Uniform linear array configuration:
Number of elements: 64
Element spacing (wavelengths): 0.75
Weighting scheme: binomial
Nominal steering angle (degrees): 0
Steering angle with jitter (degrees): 1.495
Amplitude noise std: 0.05
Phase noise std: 0.05

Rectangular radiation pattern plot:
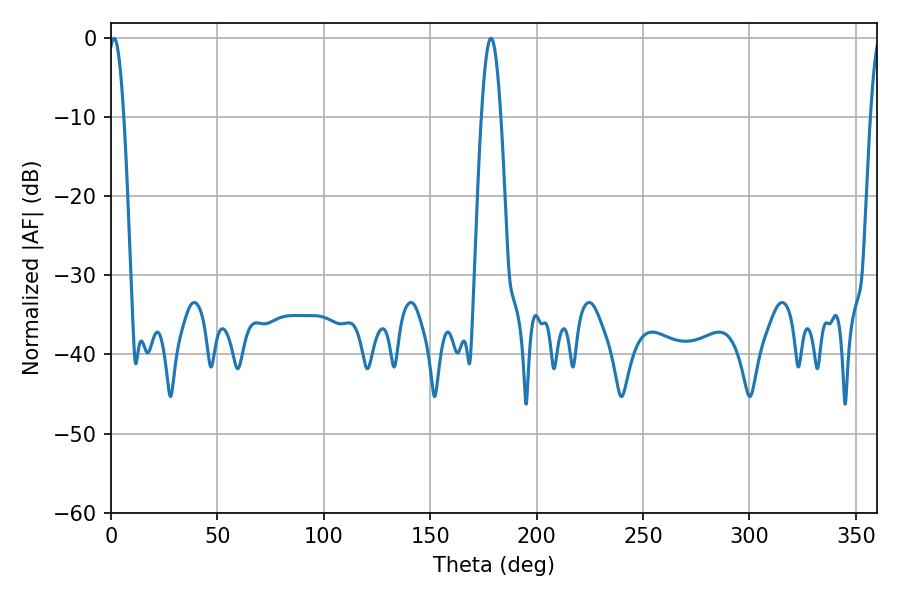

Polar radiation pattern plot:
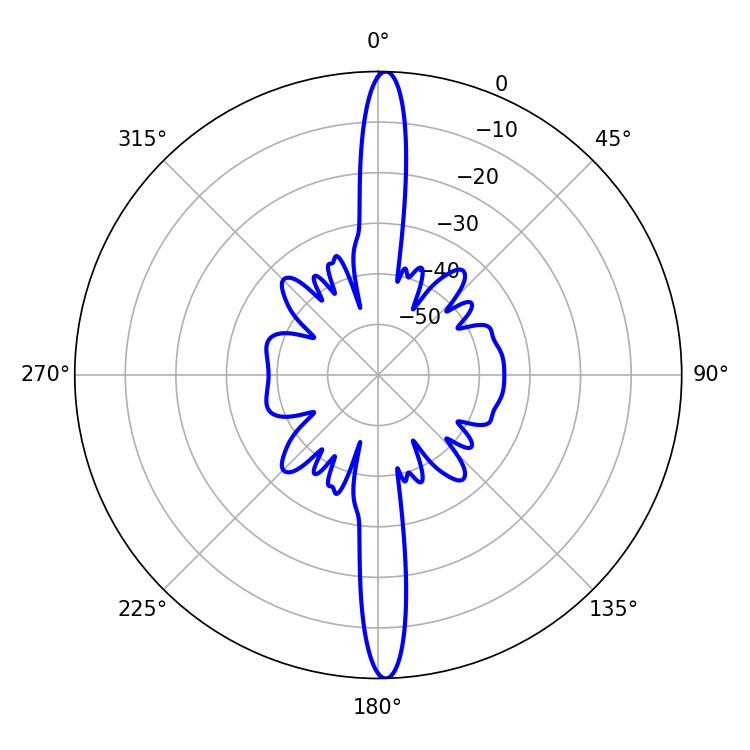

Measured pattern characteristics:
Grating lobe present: TRUE
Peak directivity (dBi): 26.243
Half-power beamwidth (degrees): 3.96
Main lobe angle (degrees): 1.44